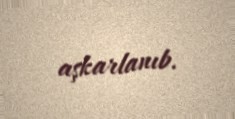
aşkarlanıb.